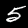
Label: 5